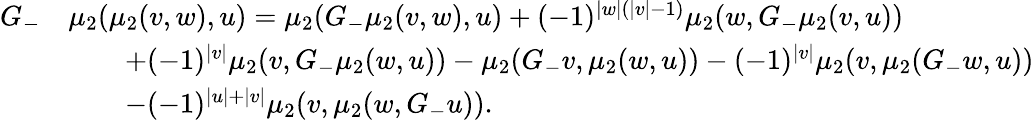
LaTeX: \begin{array}{rl}{G_{-}}&{\mu_{2}(\mu_{2}(v,w),u)=\mu_{2}(G_{-}\mu_{2}(v,w),u)+(-1)^{|w|(|v|-1)}\mu_{2}(w,G_{-}\mu_{2}(v,u))}\\ &{\qquad+(-1)^{|v|}\mu_{2}(v,G_{-}\mu_{2}(w,u))-\mu_{2}(G_{-}v,\mu_{2}(w,u))-(-1)^{|v|}\mu_{2}(v,\mu_{2}(G_{-}w,u))}\\ &{\qquad-(-1)^{|u|+|v|}\mu_{2}(v,\mu_{2}(w,G_{-}u)).}\end{array}